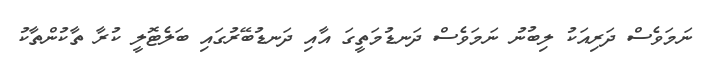
ނަމަވެސް ދަރިއަކު ލިބުނު ނަމަވެސް ދަނޑުމަތީގަ އާއި ދަނޑުބޭރުގައި ބަލެޓޮލީ ކުރާ ތާކުންތާކު